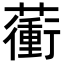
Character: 𧁬